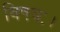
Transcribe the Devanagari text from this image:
विषयः।